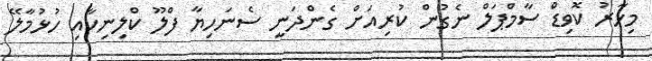
މިހާރު ކޮވިޑް ސާމްޕަލް ނެގުން ކުރިއަށް ގެންދަނީ ސެނަހިޔާ ފްލޫ ކްލިނިކާއި ހުޅުމާލޭ